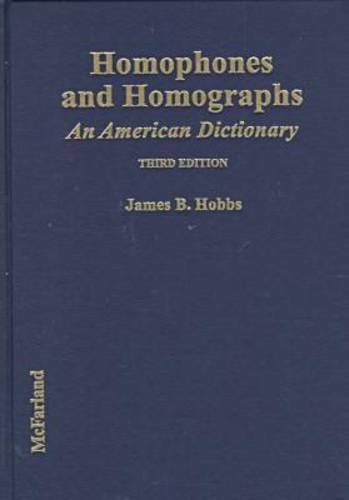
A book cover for Homophones and Homographs: An American Dictionary; James B. Hobbs; Reference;